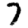
Digit: 7